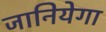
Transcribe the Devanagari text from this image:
जानियेगा